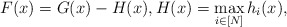
\begin{align*}F(x)=G(x)-H(x),H(x)=\max_{i\in[N]}h_i(x),\end{align*}